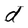
Character: d